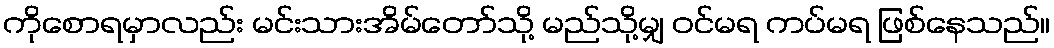
ကိုစောရမှာလည်း မင်းသားအိမ်တော်သို့ မည်သို့မျှ ဝင်မရ ကပ်မရ ဖြစ်နေသည်။